画像に写った文字を読んでください
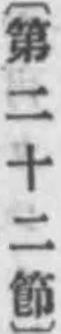
「〔第二十二節〕」と書いてあります